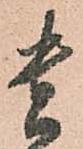
貴